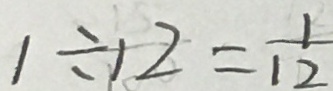
1 \div 1 2 = \frac { 1 } { 1 2 }